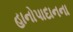
હાનોપાદાનના